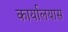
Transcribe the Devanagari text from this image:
कार्यालयास